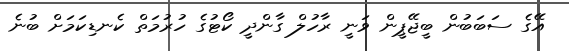
އޭގެ ސަބަބުން ބީޖޭޕީން ވަނީ ރާހުލް ގާންދީ ކޯޓުގެ ހުރުމަތް ކެނޑިކަމަށް ބުނެ